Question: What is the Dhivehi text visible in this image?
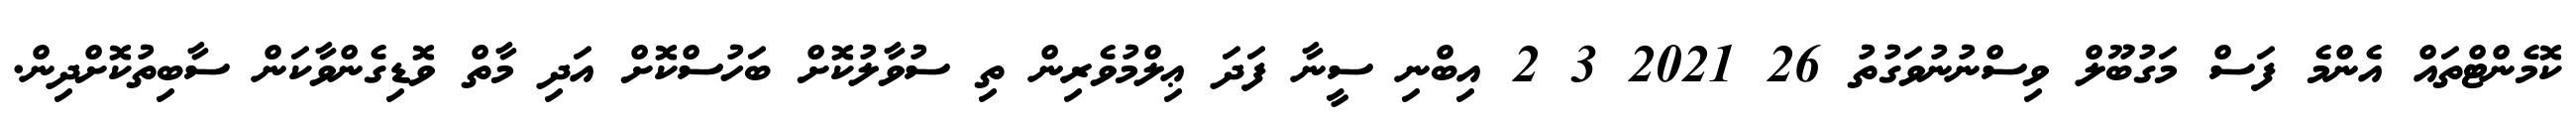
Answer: ކޮމެންޓްތައް އެންމެ ފަސް މަގުބޫލް ވިސްނުނުވަގުތު 26 2021 3 2 އިބްނި ސީނާ ފަދަ ޢިލްމުވެރިން ތި ސުވާލުކޮށް ބަހުސްކޮށް އަދި މާތް ވޮޑިގެންވާކަން ސާބިތުކޮށްދިން.